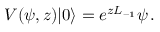
V ( \psi , z ) | 0 \rangle = e ^ { z L _ { - 1 } } \psi \, .